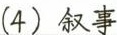
（4）叙事